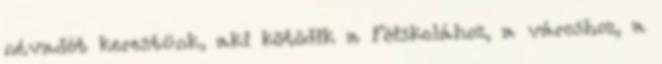
névadót kerestünk, aki kötõdik a Fõiskolához, a városhoz, a